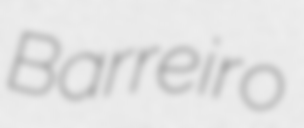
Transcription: Barreiro